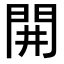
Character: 𨳩